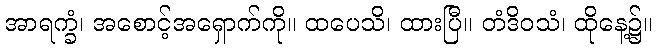
အာရက္ခံ၊ အစောင့်အရှောက်ကို။ ထပေသိ၊ ထားပြီ။ တံဒိဝသံ၊ ထိုနေ့၌။